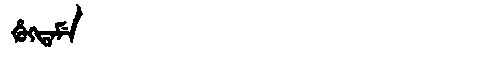
Manchu: ᡥᡠᡴᡨᠠᠮᡝ
Romanization: HUKTAME